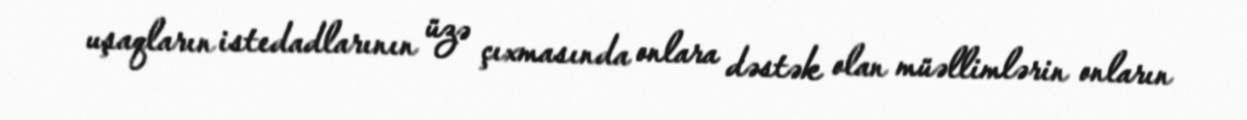
uşaqların istedadlarının üzə çıxmasında onlara dəstək olan müəllimlərin onların